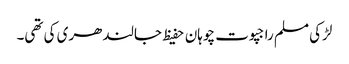
لڑکی مسلم راجپوت چوہان حفیظ جالندھری کی تھی۔